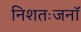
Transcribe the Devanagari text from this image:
निशतःजनॉ